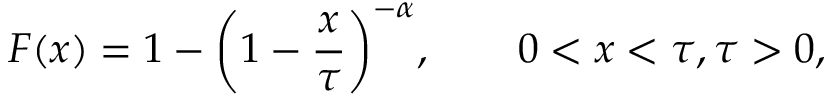
F ( x ) = 1 - { \left( 1 - \frac { x } { \tau } \right) } ^ { - \alpha } , \qquad 0 < x < \tau , \tau > 0 ,